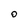
Character: O